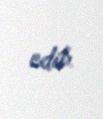
edib.